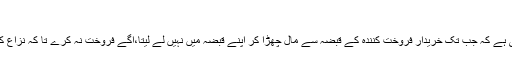
”17
اس کا مطلب یہی ہے کہ جب تک خریدار فروخت کنندہ کے قبضہ سے مال چھڑا کر اپنے قبضہ میں نہیں لے لیتا،آگے فروخت نہ کرے تا کہ نزاع کا خطرہ نہ رہے۔